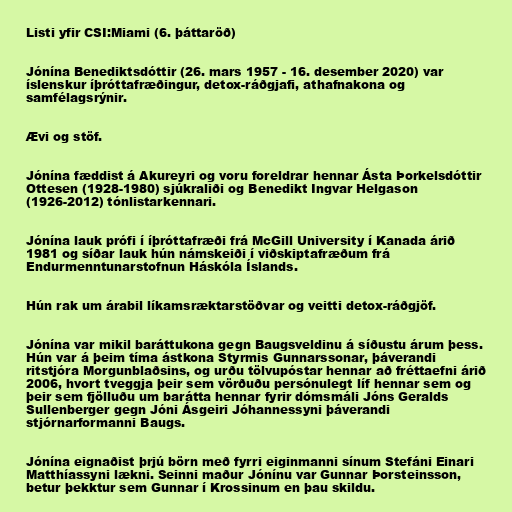
Listi yfir CSI:Miami (6. þáttaröð)

Jónína Benediktsdóttir (26. mars 1957 - 16. desember 2020) var
íslenskur íþróttafræðingur, detox-ráðgjafi, athafnakona og
samfélagsrýnir.

Ævi og stöf.

Jónína fæddist á Akureyri og voru foreldrar hennar Ásta Þorkelsdóttir
Ottesen (1928-1980) sjúkraliði og Benedikt Ingvar Helgason
(1926-2012) tónlistarkennari.

Jónína lauk prófi í íþróttafræði frá McGill University í Kanada árið
1981 og síðar lauk hún námskeiði í viðskiptafræðum frá
Endurmenntunarstofnun Háskóla Íslands.

Hún rak um árabil líkamsræktarstöðvar og veitti detox-ráðgjöf.

Jónína var mikil baráttukona gegn Baugsveldinu á síðustu árum þess.
Hún var á þeim tíma ástkona Styrmis Gunnarssonar, þáverandi
ritstjóra Morgunblaðsins, og urðu tölvupóstar hennar að fréttaefni árið
2006, hvort tveggja þeir sem vörðuðu persónulegt líf hennar sem og
þeir sem fjölluðu um barátta hennar fyrir dómsmáli Jóns Geralds
Sullenberger gegn Jóni Ásgeiri Jóhannessyni þáverandi
stjórnarformanni Baugs.

Jónína eignaðist þrjú börn með fyrri eiginmanni sínum Stefáni Einari
Matthíassyni lækni. Seinni maður Jónínu var Gunnar Þorsteinsson,
betur þekktur sem Gunnar í Krossinum en þau skildu.